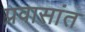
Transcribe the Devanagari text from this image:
प्रवासांत